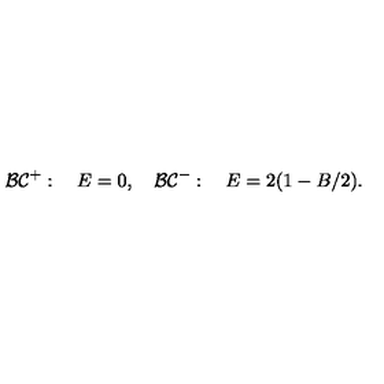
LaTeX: { \cal B C } ^ { + } : \quad E = 0 , \quad { \cal B C } ^ { - } : \quad E = 2 ( 1 - B / 2 ) .